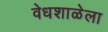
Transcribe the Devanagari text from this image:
वेधशाळेला